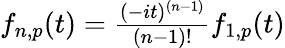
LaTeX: \begin{array}{r}{f_{n,p}(t)=\frac{(-it)^{(n-1)}}{(n-1)!}f_{1,p}(t)}\end{array}